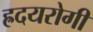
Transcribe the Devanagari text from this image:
ह्रदयरोगी